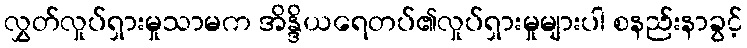
လွှတ်လှုပ်ရှားမှုသာမက အိန္ဒိယရေတပ်၏လှုပ်ရှားမှုများပါ စနည်းနာခွင့်